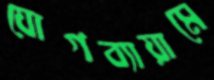
যোগব্যায়ামে